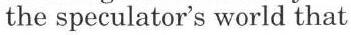
the speculator's world that